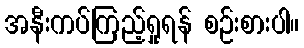
အနီးကပ်ကြည့်ရှုရန် စဉ်းစားပါ။